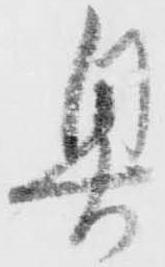
奥